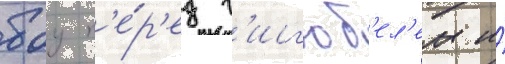
боу п'е́р'ед г'исг'юб'ел'ем и́